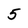
Character: 5